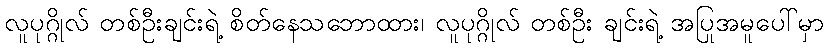
လူပုဂ္ဂိုလ် တစ်ဦးချင်းရဲ့ စိတ်နေသဘောထား၊ လူပုဂ္ဂိုလ် တစ်ဦး ချင်းရဲ့ အပြုအမူပေါ်မှာ